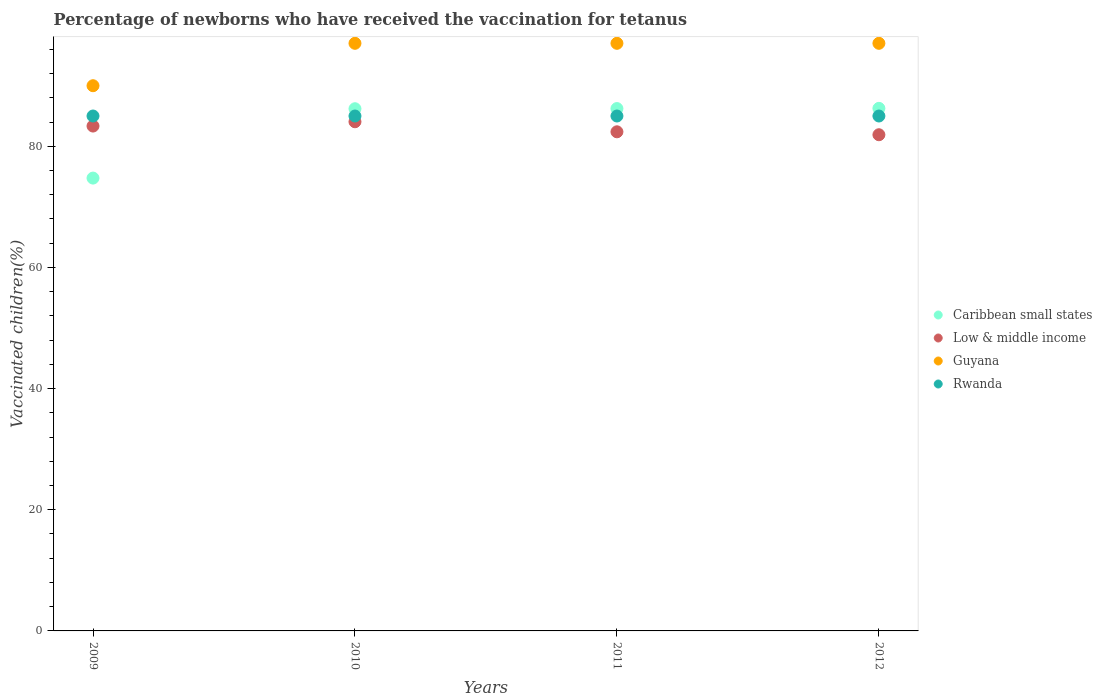
| Years | Caribbean small states | Low & middle income | Guyana | Rwanda |
 | --- | --- | --- | --- | --- |
 | 2009 | 74.8 | 83.3 | 90 | 85 |
 | 2010 | 86.2 | 84.1 | 97 | 85 |
 | 2011 | 86.2 | 82.4 | 97 | 85 |
 | 2012 | 86.3 | 81.9 | 97 | 85 |